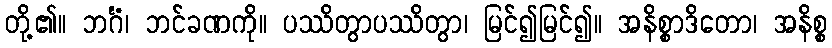
တို့၏။ ဘင်္ဂံ၊ ဘင်ခဏကို။ ပဿိတွာပဿိတွာ၊ မြင်၍မြင်၍။ အနိစ္စာဒိတော၊ အနိစ္စ